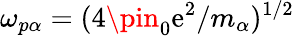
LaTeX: \omega_{p\alpha}=(4\pin_{0}\mathrm{e}^{2}/m_{\alpha})^{1/2}